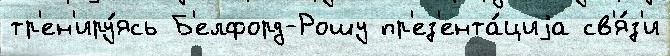
тр'ен'иру́ясь Б'елфорд-Рошу пр'ез'ента́циjа св'я́з'и